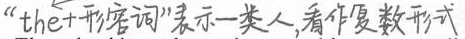
##“the+形容词”表示一类人，看做复数形式##